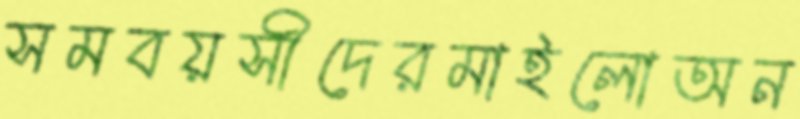
সমবয়সীদেরমাইলোঅন